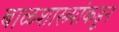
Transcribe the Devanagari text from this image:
बाळशास्त्र्यांकडून